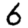
Digit: 6